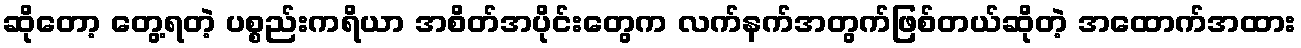
ဆိုတော့ တွေ့ရတဲ့ ပစ္စည်းကရိယာ အစိတ်အပိုင်းတွေက လက်နက်အတွက်ဖြစ်တယ်ဆိုတဲ့ အထောက်အထား